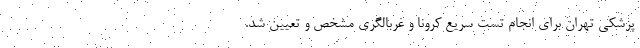
پزشکی تهران برای انجام تست سریع کرونا و غربالگری مشخص و تعیین شد.